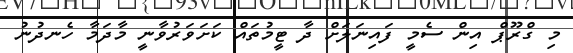
މި ގްރޫޕް އިން ސެމީ ފައިނަލަށް ދާ ޓީމުތައް ކަށަވަރުވާނީ މާދަމާ ހެނދުނު